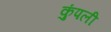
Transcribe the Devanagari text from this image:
कुंपली